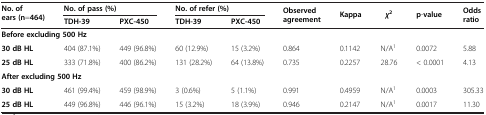
<table><thead><tr><td rowspan="2"><b>No. of ears (n=464)</b></td><td colspan="2"><b>No. of pass (%)</b></td><td colspan="2"><b>No. of refer (%)</b></td><td rowspan="2"><b>Observed agreement</b></td><td rowspan="2"><b>Kappa</b></td><td rowspan="2"><b><i>χ</i><sup>2</sup></b></td><td rowspan="2"><b>p-value</b></td><td rowspan="2"><b>Odds ratio</b></td></tr><tr><td><b>TDH-39</b></td><td><b>PXC-450</b></td><td><b>TDH-39</b></td><td><b>PXC-450</b></td></tr></thead><tbody><tr><td colspan="10"><b>Before excluding 500 Hz</b></td></tr><tr><td><b>30 dB HL</b></td><td>404 (87.1%)</td><td>449 (96.8%)</td><td>60 (12.9%)</td><td>15 (3.2%)</td><td>0.864</td><td>0.1142</td><td>N/A<sup>1</sup></td><td>0.0072</td><td>5.88</td></tr><tr><td><b>25 dB HL</b></td><td>333 (71.8%)</td><td>400 (86.2%)</td><td>131 (28.2%)</td><td>64 (13.8%)</td><td>0.735</td><td>0.2257</td><td>28.76</td><td>&lt; 0.0001</td><td>4.13</td></tr><tr><td colspan="10"><b>After excluding 500 Hz</b></td></tr><tr><td><b>30 dB HL</b></td><td>461 (99.4%)</td><td>459 (98.9%)</td><td>3 (0.6%)</td><td>5 (1.1%)</td><td>0.991</td><td>0.4959</td><td>N/A<sup>1</sup></td><td>0.0003</td><td>305.33</td></tr><tr><td><b>25 dB HL</b></td><td>449 (96.8%)</td><td>446 (96.1%)</td><td>15 (3.2%)</td><td>18 (3.9%)</td><td>0.946</td><td>0.2147</td><td>N/A<sup>1</sup></td><td>0.0017</td><td>11.30</td></tr></tbody></table>